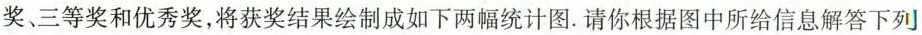
奖、三等奖和优秀奖，将获奖结果绘制成如下两幅统计图.请你根据图中所给信息解答下列